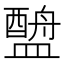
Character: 𬐶